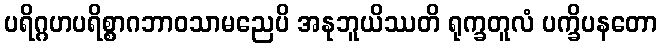
ပရိဂ္ဂဟပရိစ္စာဂဘာဝသာမညေပိ အနုဘူယိဿတိ ရုက္ခတူလံ ပက္ခိပနတော